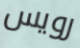
رويس